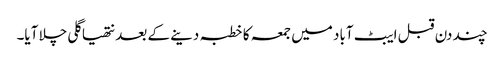
چند دن قبل ایبٹ آباد میں جمعہ کا خطبہ دینے کے بعد نتھیا گلی چلا آیا۔